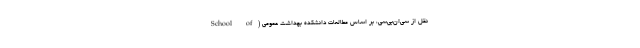
نقل از سی‌ان‌بی‌سی، بر اساس مطالعات دانشکده بهداشت عمومی (School of